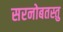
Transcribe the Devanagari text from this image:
सरनोबतस्तु